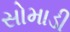
સોમાડી